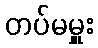
တပ်မမှူး